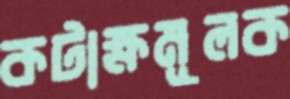
কটাক্ষমূলক